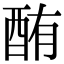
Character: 酭